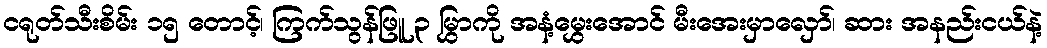
ငရုတ်သီးစိမ်း ၁၅ တောင့်၊ ကြက်သွန်ဖြူ ၃ မြွှာကို အနံ့မွှေးအောင် မီးအေးမှာလှော်၊ ဆား အနည်းငယ်နဲ့